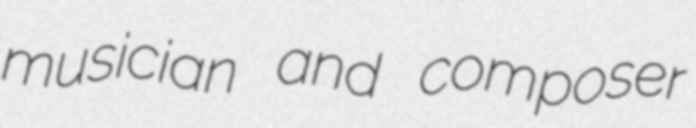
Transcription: musician and composer